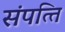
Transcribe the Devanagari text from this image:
संपत्‍ति